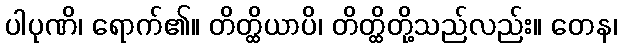
ပါပုဏိ၊ ရောက်၏။ တိတ္ထိယာပိ၊ တိတ္ထိတို့သည်လည်း။ တေန၊